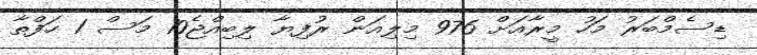
ޑިސެމްބަރު މަހު މީރާއަށް 976 މިލިއަން ރުފިޔާ ލިބިއްޖެ10 މަސް 1 ހަފްތާ